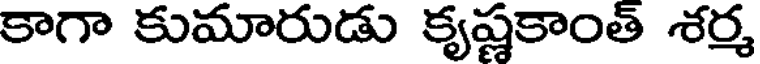
కాగా కుమారుడు కృష్ణకాంత్ శర్మ